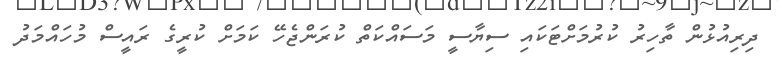
ދިރިއުޅުން ތާހިރު ކުރުމަށްޓަކައި ސިޔާސީ މަސައްކަތް ކުރަންޖެހޭ ކަމަށް ކުރީގެ ރައީސް މުހައްމަދު